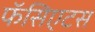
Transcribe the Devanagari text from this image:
फॅसिएटस